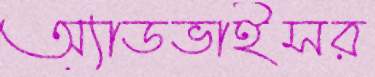
অ্যাডভাইসর